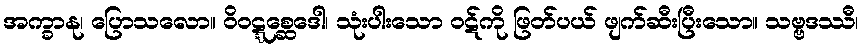
အက္ခာနု၊ ပြောသလော။ ဝိဝဋ္ဋစ္ဆေဒေါ၊ သုံးပါးသော ဝဋ်ကို ဖြတ်ပယ် ဖျက်ဆီးပြီးသော။ သဗ္ဗဒဿီ၊